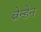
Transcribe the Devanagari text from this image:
ब्रेन्डेन